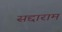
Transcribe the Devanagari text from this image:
सद्दाराम